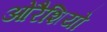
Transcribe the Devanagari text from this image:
ओरैशियो